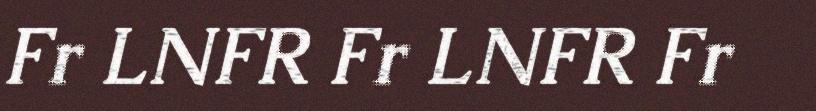
Fr LNFR Fr LNFR Fr